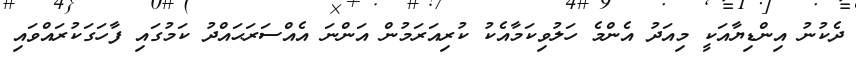
ދެކުނު އިންޑިޔާއަކީ މިއަދު އެންމެ ހަލުވިކަމާއެކު ކުރިއަރަމުން އަންނަ އެއްސަރަޙައްދު ކަމުގައި ފާހަގަކުރައްވައި